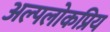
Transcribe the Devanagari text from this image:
अल्पलोकप्रिय